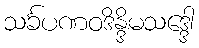
သင်္ခပဏဝဒိန္ဒိမသဒ္ဒေါ